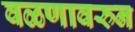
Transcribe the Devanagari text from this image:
वळणावरुन